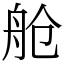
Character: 舱